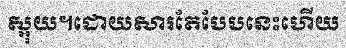
ស្អុយ។ដោយសារតែបែបនេះហើយ